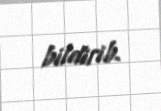
bildirib.